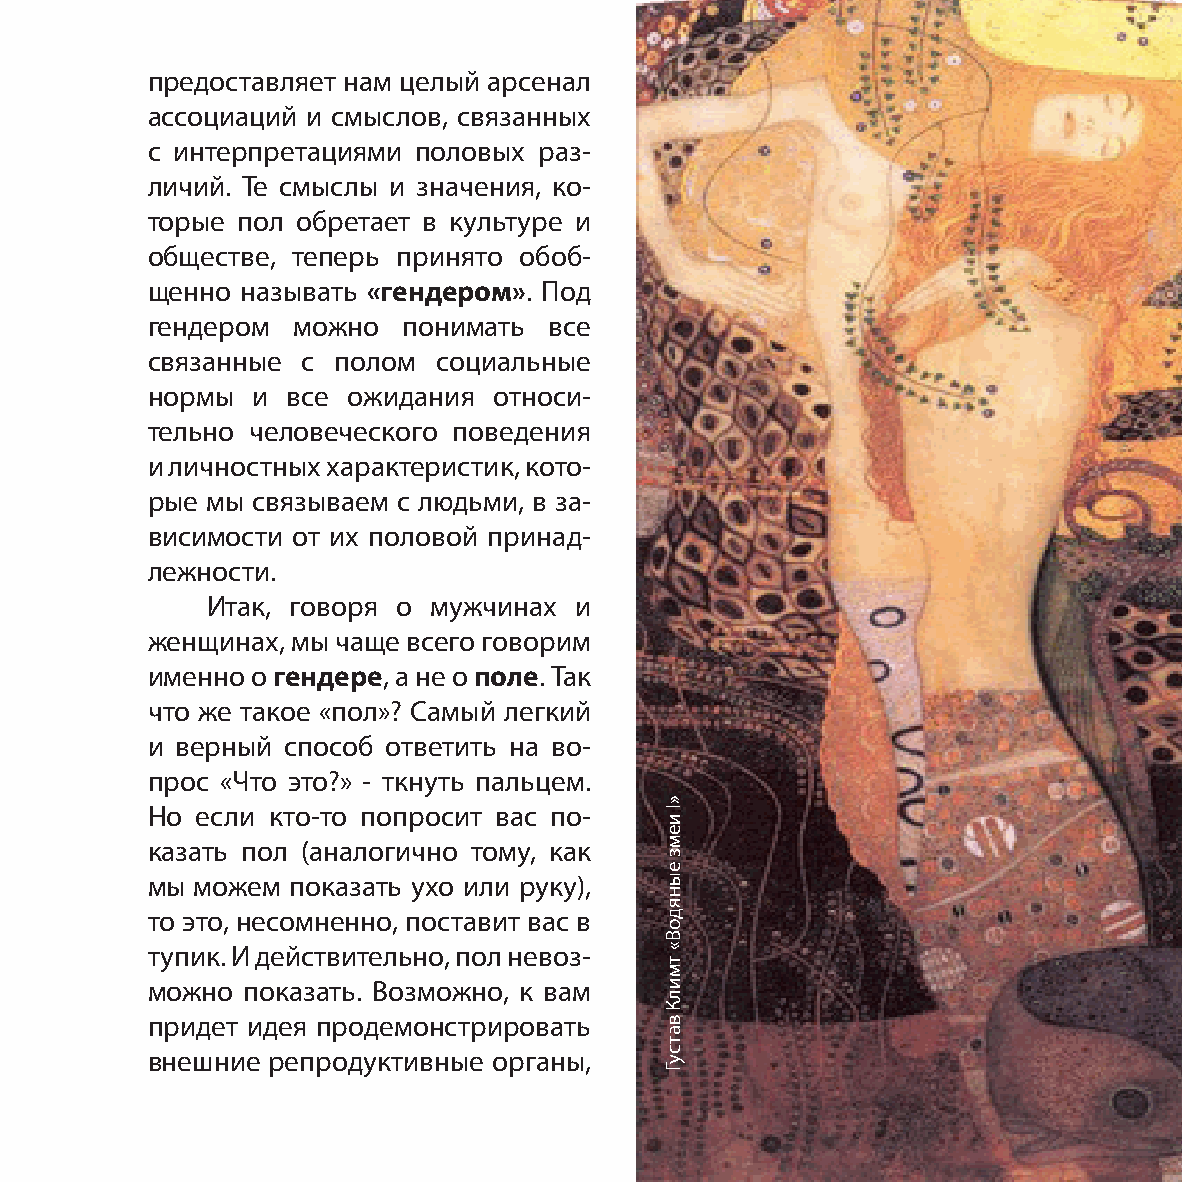
предоставляет нам целый арсенал
 ассоциаций и смыслов, связанных
 с интерпретациями половых раз-
 личий. Те смыслы и значения, ко-
 торые пол обретает в культуре и
 обществе, теперь принято обоб-
 щенно называть «гендером». Под
 гендером можно   понимать все
 связанные с полом  социальные
 нормы  и все ожидания  относи-
 тельно человеческого поведения
 и личностных характеристик, кото-
 рые мы связываем с людьми, в за-
 висимости от их половой принад-
 лежности.
 Итак, говоря о мужчинах и
 женщинах, мы чаще всего говорим
 именно о гендере, а не о поле. Так
 что же такое «пол»? Самый легкий
 и верный способ ответить на во-
 прос «Что это?» - ткнуть пальцем.
 Но если кто-то попросит вас по-
 казать пол (аналогично тому, как
 мы можем показать ухо или руку),
 то это, несомненно, поставит вас в
 тупик. И действительно, пол невоз-
 можно показать. Возможно, к вам
 придет идея продемонстрировать
 внешние репродуктивные органы,
 »I
 иемз
 еынядоВ«
 тмилК
 ватсуГ